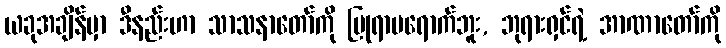
ယခုအချိန်မှာ ဒီနည်းဟာ သာသနာတော်ကို ပြုရာမရောက်ဘူး, ဘုရားရှင်ရဲ့ အာဏာတော်ကို